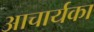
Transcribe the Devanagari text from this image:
आचार्यका